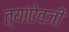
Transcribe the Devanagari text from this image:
त्यांऐवजी